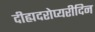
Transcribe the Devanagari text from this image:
दीह्यदरोप्यरीदिन